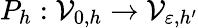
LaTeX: P_{h}:\mathcal{V}_{0,h}\to\mathcal{V}_{\varepsilon,h^{\prime}}